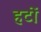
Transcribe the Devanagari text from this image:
हटों